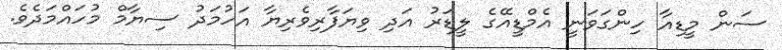
ސަން މީޑިއާ ހިންގަވަނީ އެމްޑީއޭގެ ލީޑަރު އަދި ވިޔަފާރިވެރިޔާ އަހުމަދު ސިޔާމް މުހައްމަދެވެ.